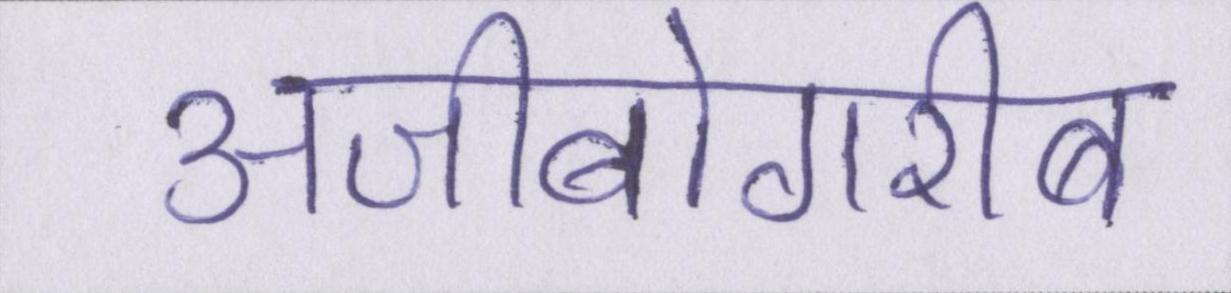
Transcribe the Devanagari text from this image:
अजीबोगरीब